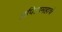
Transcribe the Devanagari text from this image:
प्रपितामहाचे